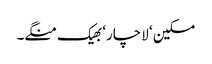
مسکین ‘ لاچار‘ بھیک منگے۔